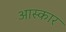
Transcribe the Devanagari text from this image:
आस्कार